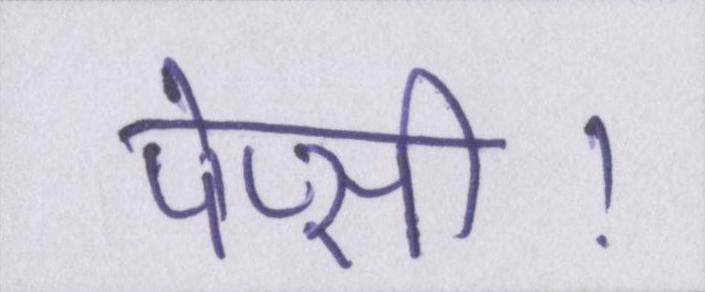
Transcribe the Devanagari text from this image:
पेप्सी।